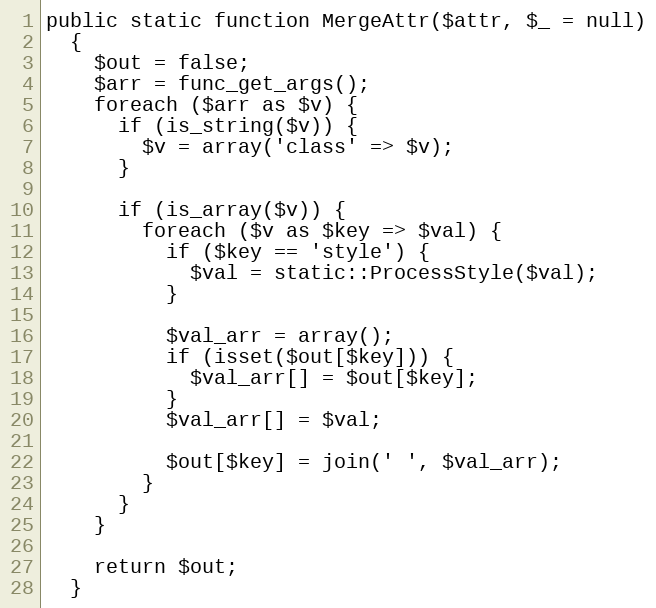
Language: PHP
public static function MergeAttr($attr, $_ = null)
  {
    $out = false;
    $arr = func_get_args();
    foreach ($arr as $v) {
      if (is_string($v)) {
        $v = array('class' => $v);
      }

      if (is_array($v)) {
        foreach ($v as $key => $val) {
          if ($key == 'style') {
            $val = static::ProcessStyle($val);
          }

          $val_arr = array();
          if (isset($out[$key])) {
            $val_arr[] = $out[$key];
          }
          $val_arr[] = $val;

          $out[$key] = join(' ', $val_arr);
        }
      }
    }

    return $out;
  }